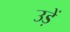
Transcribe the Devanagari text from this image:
उड़ें